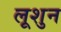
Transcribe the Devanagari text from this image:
लूशुन